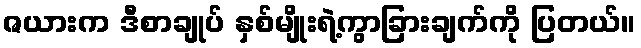
ဇယားက ဒီစာချုပ် နှစ်မျိုးရဲ့ကွာခြားချက်ကို ပြတယ်။